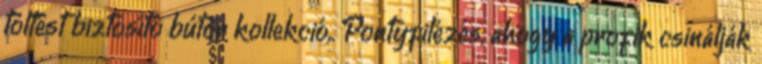
töltést biztosító bútor kollekció,. Pontyfilézés, ahogy a profik csinálják